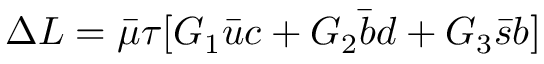
\Delta L = \bar { \mu } \tau [ G _ { 1 } \bar { u } c + G _ { 2 } \bar { b } d + G _ { 3 } \bar { s } b ]